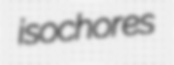
isochores